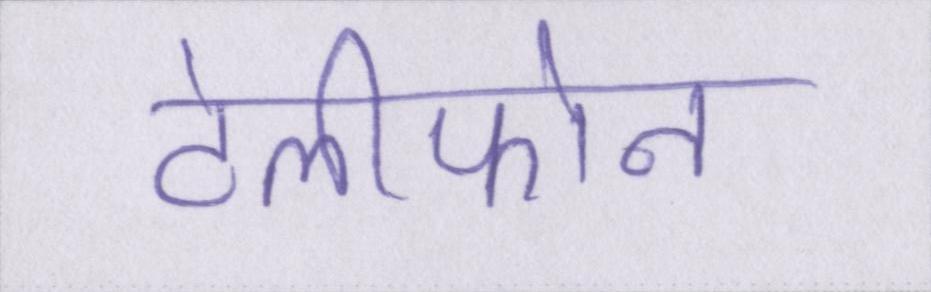
टेलीफोन